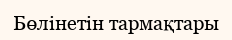
Бөлінетін тармақтары